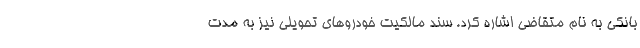
بانکی به نام متقاضی اشاره کرد. سند مالکیت خودروهای تحویلی نیز به مدت